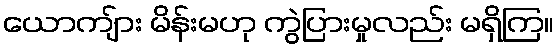
ယောကျ်ား မိန်းမဟု ကွဲပြားမှုလည်း မရှိကြ။